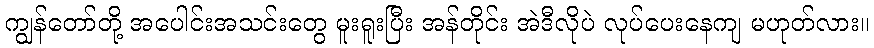
ကျွန်တော်တို့ အပေါင်းအသင်းတွေ မူးရူးပြီး အန်တိုင်း အဲဒီလိုပဲ လုပ်ပေးနေကျ မဟုတ်လား။